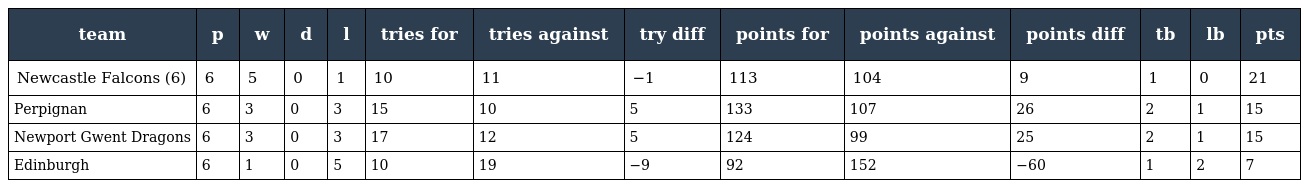
| team | p | w | d | l | tries for | tries against | try diff | points for | points against | points diff | tb | lb | pts |
 | --- | --- | --- | --- | --- | --- | --- | --- | --- | --- | --- | --- | --- | --- |
 | Newcastle Falcons (6) | 6 | 5 | 0 | 1 | 10 | 11 | −1 | 113 | 104 | 9 | 1 | 0 | 21 |
 | Perpignan | 6 | 3 | 0 | 3 | 15 | 10 | 5 | 133 | 107 | 26 | 2 | 1 | 15 |
 | Newport Gwent Dragons | 6 | 3 | 0 | 3 | 17 | 12 | 5 | 124 | 99 | 25 | 2 | 1 | 15 |
 | Edinburgh | 6 | 1 | 0 | 5 | 10 | 19 | −9 | 92 | 152 | −60 | 1 | 2 | 7 |